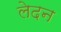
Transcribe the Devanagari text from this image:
लेदन